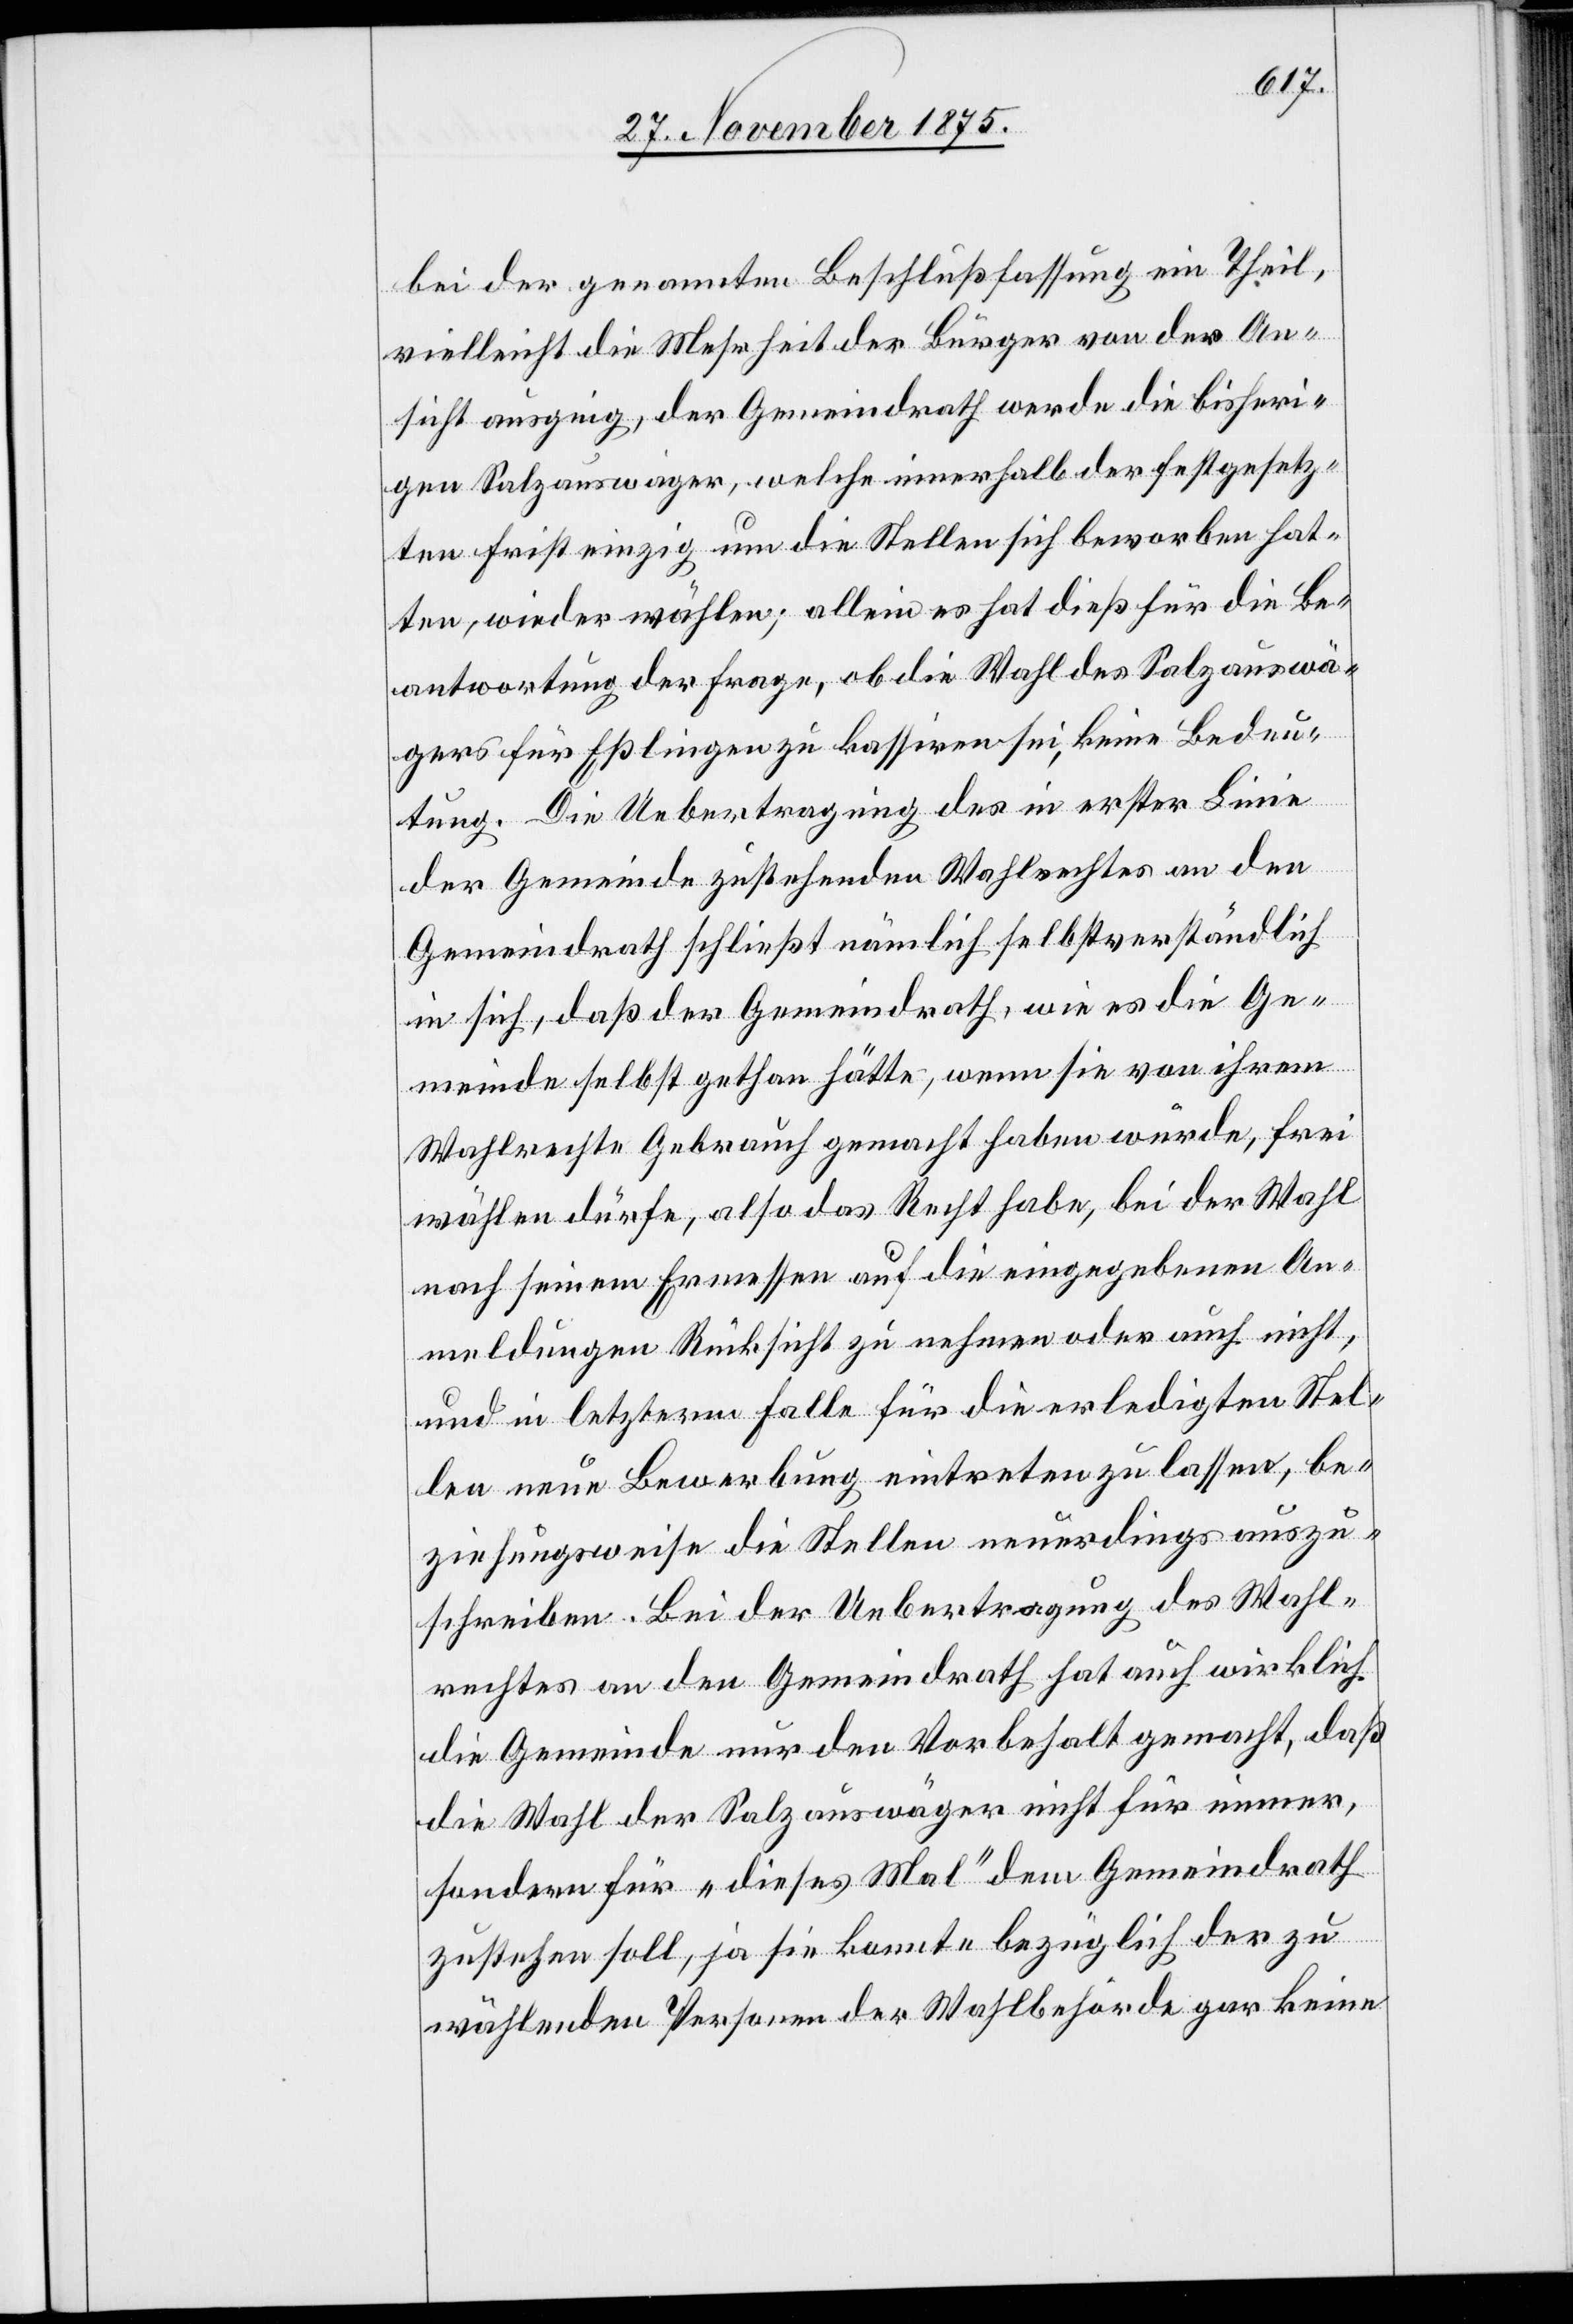
bei der genannten Beschlußfassung ein Theil,
vielleicht die Mehrheit der Bürger von der An¬
sicht ausging, der Gemeindrath werde die bisheri¬
gen Salzauswäger, welche innerhalb der festgesetz¬
ten Frist einzig um die Stelle sich beworben hat¬
ten, wieder wählen; allein es hat dieß für die Be¬
antwortung der Frage, ob die Wahl des Salzauswä¬
gers für Eßlingen zu kassiren sei, keine Bedeu¬
tung. Die Uebertragung des in erster Linie
der Gemeinde zustehenden Wahlrechtes an den
Gemeindrath schließt nämlich selbstverständlich
in sich, daß der Gemeindrath, wie es die Ge¬
meinde selbst gethan hätte, wenn sie von ihrem
Wahlrechte Gebrach gemacht haben würde, frei
wählen dürfe, also das Recht habe, bei der Wahl
nach seinem Ermessen auf die eingegebenen An¬
meldungen Rücksicht zu nehmen oder auch nicht,
und in letzterm Falle für die erledigten Stel¬
len neue Bewerbung eintreten zu lassen, be¬
ziehungsweise die Stellen neuerdings auszu¬
schreiben. Bei der Uebertragung des Wahl¬
rechtes an den Gemeindrath hat auch wirklich
die Gemeinde nur den Vorbehalt gemacht, daß
die Wahl der Salzauswäger nicht für immer,
sondern für „dieses Mal“ dem Gemeindrath
zustehen soll, ja sie konnte bezüglich der zu
wählenden Personen der Wahlbehörde gar keine